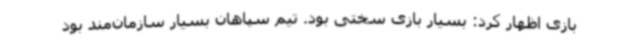
بازی اظهار کرد: بسیار بازی سختی بود. تیم سپاهان بسیار سازمان‌مند بود